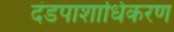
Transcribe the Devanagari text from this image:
दंडपाशाधिकरण